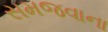
સમજવાના